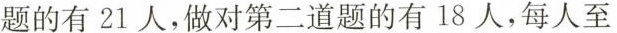
题的有21人，做对第二道题的有18人，每人至